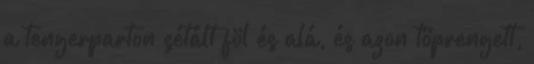
a tengerparton sétált föl és alá, és azon töprengett,